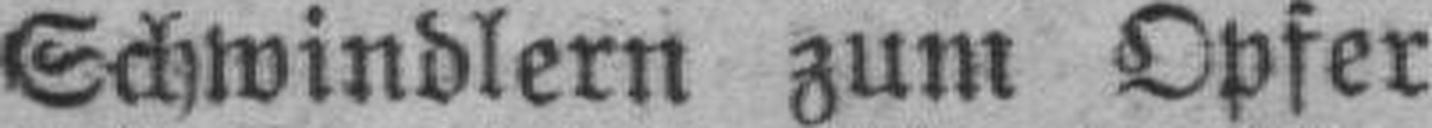
Schwindlern zum Opfer